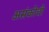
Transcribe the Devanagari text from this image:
असंकोची